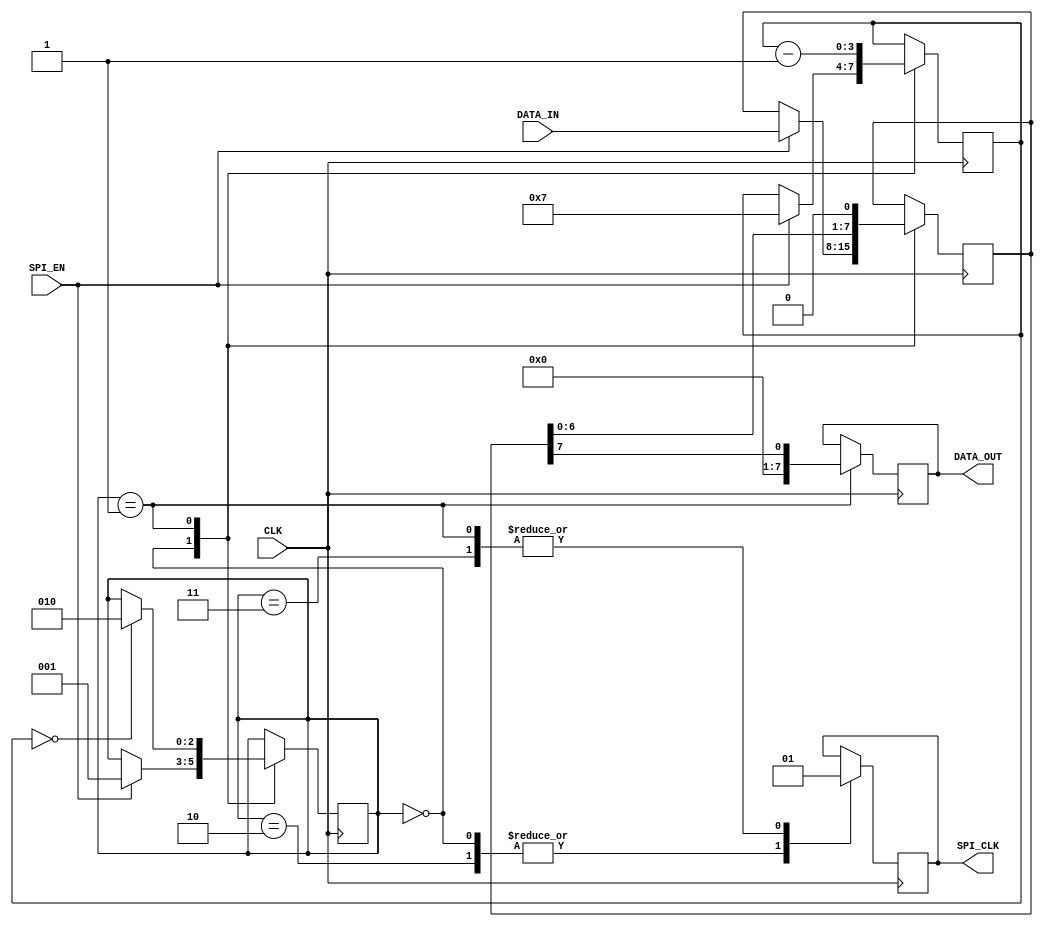
module SPI_Controller(
    input wire CLK,
    input wire SPI_EN,
    input wire [7:0] DATA_IN,
    output reg [7:0] DATA_OUT,
    output reg SPI_CLK
);

reg [2:0] state;
reg [3:0] bit_counter;
reg [7:0] shift_register;
reg SCK_count;

parameter IDLE = 3'b000;
parameter TRANSFER = 3'b001;
parameter SYNC = 3'b010;
parameter CLOCK_CYCLE = 3'b011;

always @ (posedge CLK) begin
    case(state)
        IDLE: begin
            SPI_CLK <= 0;
            SPI_CLK <= 0;
            if(SPI_EN) begin
                state <= TRANSFER;
                shift_register <= DATA_IN;
                bit_counter <= 7;
            end
        end
        TRANSFER: begin
            SPI_CLK <= 1;
            DATA_OUT <= shift_register[7];
            shift_register <= {shift_register[6:0], 1'b0};
            bit_counter <= bit_counter - 1;
            if(bit_counter == 0) begin
                state <= SYNC;
                SCK_count <= 0;
            end
        end
        SYNC: begin
            SPI_CLK <= 0;
            SCK_count <= SCK_count + 1;
            if(SCK_count == 3) begin
                state <= CLOCK_CYCLE;
                SCK_count <= 0;
            end
        end
        CLOCK_CYCLE: begin
            SPI_CLK <= 1;
            SCK_count <= SCK_count + 1;
            if(SCK_count == 7) begin
                state <= IDLE;
            end
        end
    endcase
end

endmodule